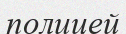
полицей